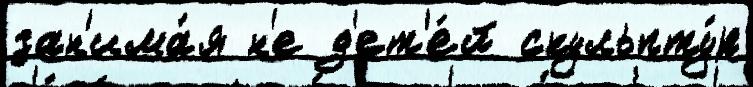
зан'има́я н'е д'ет'е́й скульпту́р